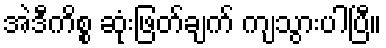
အဲဒီကိစ္စ ဆုံးဖြတ်ချက် ကျသွားပါပြီ။